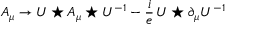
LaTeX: A _ { \mu } \rightarrow U \star A _ { \mu } \star U ^ { - 1 } - \frac { i } { e } \, U \star \partial _ { \mu } U ^ { - 1 }